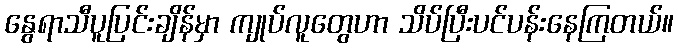
နွေရာသီပူပြင်းချိန်မှာ ကျုပ်လူတွေဟာ သိပ်ပြီးပင်ပန်းနေကြတယ်။